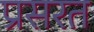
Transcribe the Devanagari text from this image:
प्रसरत